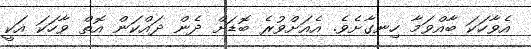
އެވާހަކަ ބާއްވަމާ ހިނގާށެވެ. އެއަށްވުރެ ބޮޑަށް ދެން ދައްކަން އޮތް ވާހަކަ އަކީ